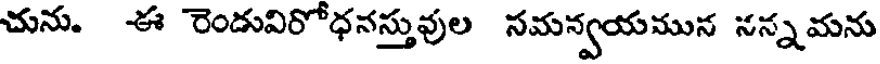
చును. ఈ రెండువిరోధనస్తువుల సమన్వయమున నన్నమను